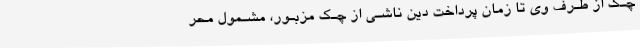
چـک از طـرف وی تا زمان پرداخت دین ناشـی از چـک مزبـور، مشـمول محر